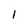
Character: 1